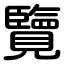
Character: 覽